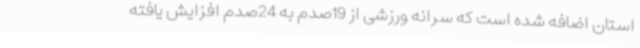
استان اضافه شده است که سرانه ورزشی از 19صدم به 24صدم افزایش یافته